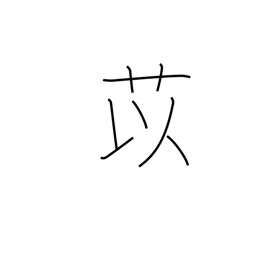
Meaning: adlay